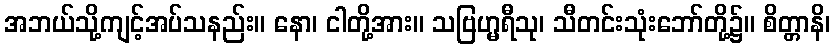
အဘယ်သို့ကျင့်အပ်သနည်း။ နော၊ ငါတို့အား။ သဗြဟ္မရီသု၊ သီတင်းသုံးဘော်တို့၌။ စိတ္တာနိ၊